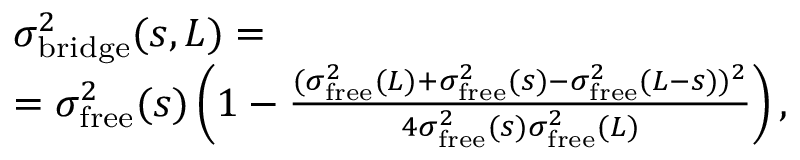
\begin{array} { r l } & { \sigma _ { \mathrm { b r i d g e } } ^ { 2 } ( s , L ) = } \\ & { = \sigma _ { \mathrm { f r e e } } ^ { 2 } ( s ) \left( 1 - \frac { ( \sigma _ { \mathrm { f r e e } } ^ { 2 } ( L ) + \sigma _ { \mathrm { f r e e } } ^ { 2 } ( s ) - \sigma _ { \mathrm { f r e e } } ^ { 2 } ( L - s ) ) ^ { 2 } } { 4 \sigma _ { \mathrm { f r e e } } ^ { 2 } ( s ) \sigma _ { \mathrm { f r e e } } ^ { 2 } ( L ) } \right) , } \end{array}